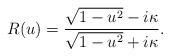
LaTeX: \begin{align*}R(u) = { \sqrt{1-u^2} - i\kappa \over \sqrt{1-u^2} + i\kappa}.\end{align*}